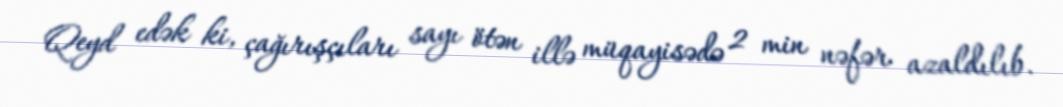
Qeyd edək ki, çağırışçıları sayı ötən illə müqayisədə 2 min nəfər azaldılıb.